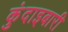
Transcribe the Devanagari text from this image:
कुंदाइबारी